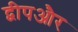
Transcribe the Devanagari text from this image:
द्वीपऔर